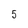
Character: 5